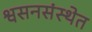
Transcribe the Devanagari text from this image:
श्वसनसंस्थेत